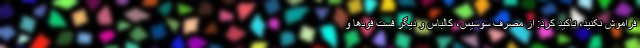
فراموش نکنید، تاکید کرد: از مصرف سوسیس، کالباس و دیگر فست فودها و